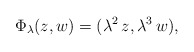
\begin{align*}\Phi_\lambda( z,w) = (\lambda^2\,z, \lambda^3\,w),\end{align*}